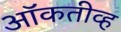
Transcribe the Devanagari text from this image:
ऑकतीव्ह